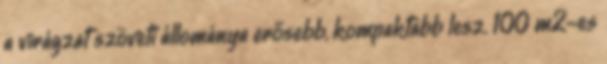
a virágzat szöveti állománya erősebb, kompaktabb lesz. 100 m2-es